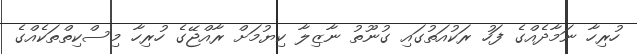
ހުރިހާ ނަމާދެއްގެ ފަހު ރަކުއަތުގައި ގުނޫތު ނާޒިލާ ކިޔުމަށް ރާއްޖޭގެ ހުރިހާ މިސްކިތްތަކެއްގެ